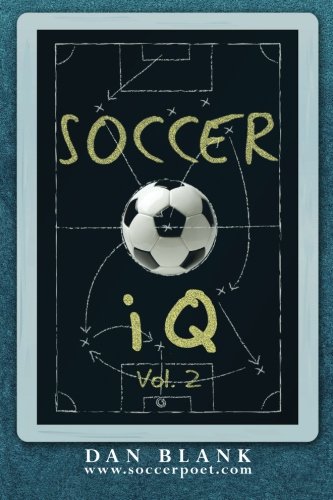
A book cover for Soccer iQ - Vol. 2: More of What Smart Players Do (Volume 2); Dan Blank; Sports & Outdoors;